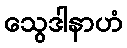
သွေဒါနာဟံ